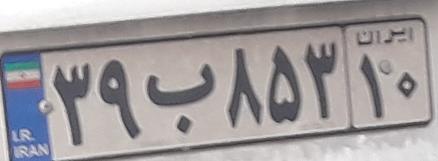
۳۹ب۸۵۳۱۰